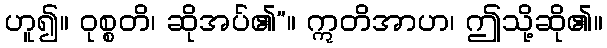
ဟူ၍။ ဝုစ္စတိ၊ ဆိုအပ်၏”။ ဣတိအာဟ၊ ဤသို့ဆို၏။